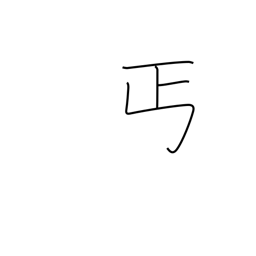
Meaning: give